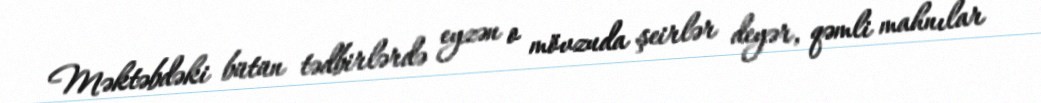
Məktəbdəki bütün tədbirlərdə eyzən o mövzuda şeirlər deyər, qəmli mahnılar